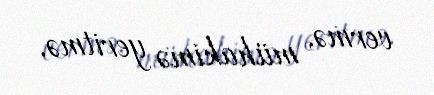
vermə, mühakimə yeritmə.